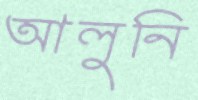
আলুনি